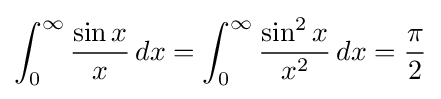
\int _{0}^{\infty }{\frac {\sin x}{x}}\,dx=\int _{0}^{\infty }{\frac {\sin ^{2}x}{x^{2}}}\,dx={\frac {\pi }{2}}